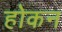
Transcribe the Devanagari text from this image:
होकन